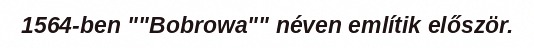
1564-ben ""Bobrowa"" néven említik először.